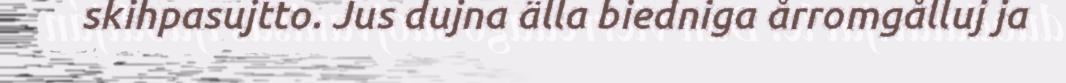
skihpasujtto. Jus dujna älla biedniga årromgålluj ja